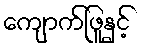
ကျောက်ဖြူနှင့်